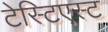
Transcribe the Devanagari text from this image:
टेस्टिएस्ट